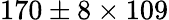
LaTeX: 170\pm 8\times 109